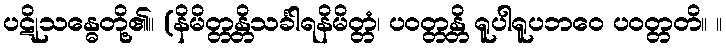
ပဋိုသန္ဓေတို့၏။ (နိမိတ္တန္တိသင်္ခါရနိမိတ္တံ၊ ပဝတ္တန္တိ ရူပါရူပဘဝေ ပဝတ္တတိ။ ။